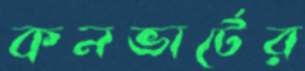
কনভার্টের